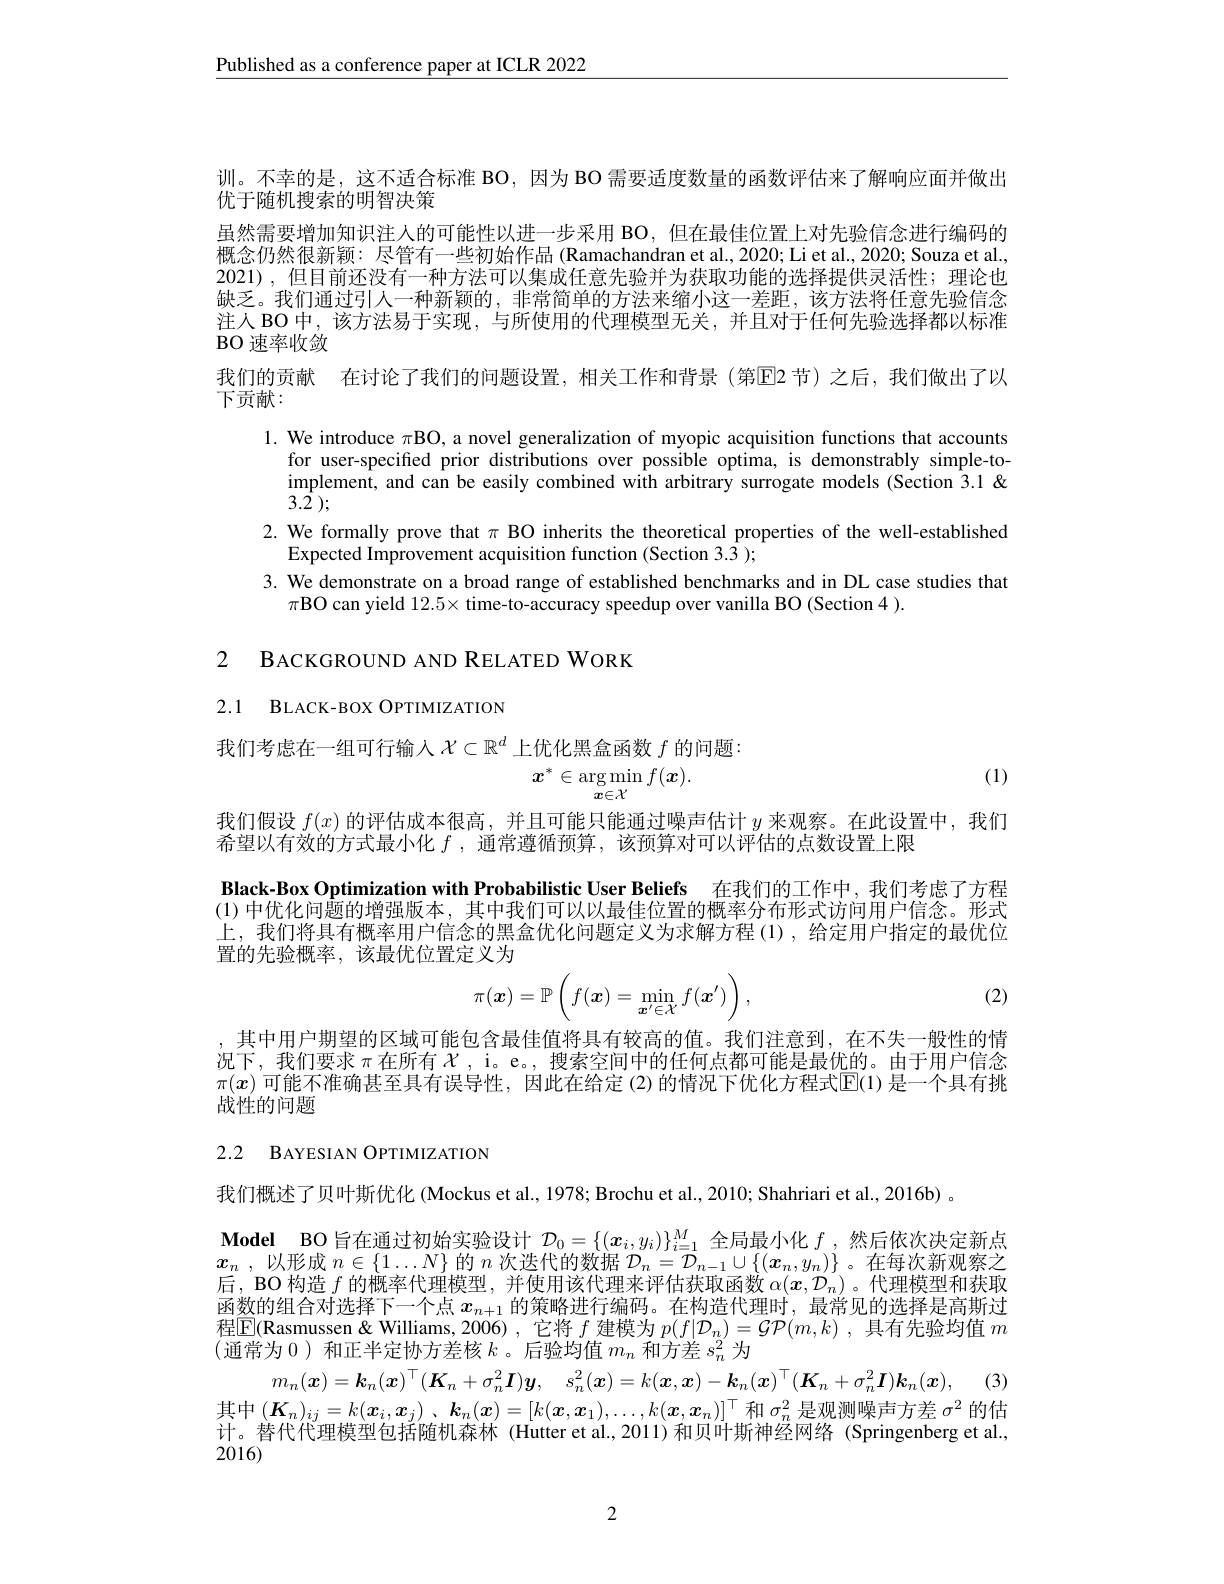
$\underline{\text{Published as a conference paper at ICLR 2022}}$

训。不幸的是，这不适合标准 BO,因为 BO 需要适度数量的函数评估来了解响应面并做出
优于随机搜索的明智决策
虽然需要增加知识注人的可能性以进一步采用 BO, 但在最佳位置上对先验信念进行编码的概念仍然很新颖：尽管有一些初始作品 (Ramachandran et al.,2020; Li et al., 2020; Souza et al., 2021),但目前还没有一种方法可以集成任意先验并为获取功能的选择提供灵活性；理论也缺乏。我们通过引人一种新颖的，非常简单的方法来缩小这一差距，该方法将任意先验信念注人 BO 中，该方法易于实现，与所使用的代理模型无关，并且对于任何先验选择都以标准$\operatorname{BO}$速率收敛
我们的贡献 在讨论了我们的问题设置，相关工作和背景 (第☑2 节)之后，我们做出了以
下贡献：
1. We introduce $\pi$BO, a novel generalization of myopic acquisition functions that accounts
for user-specified prior distributions over possible optima, is demonstrably simple-to- $\text{implement, and can be easily combined with arbitrary surrogate models(Section 3.1 }\$ $\text{implement, and can be easily combined with arbitrary surrogate models(Section 3.1 }\$ $3. \bar{2}$ );
2. We formally prove that $\pi$ BO inherits the theoretical properties of the well-established
Expected Improvement acquisition function (Section 3.3 );
3. We demonstrate on a broad range of established benchmarks and in DL case studies that
$\pi$BO can yield $12.5\times$ time-to-accuracy speedup over vanilla BO (Section 4 ).

2 BACKGROUND AND RELATED WORK

2.1 BLACK-BOX OPTIMIZATION

我们考虑在一组可行输人$\mathcal{X}\subset\mathbb{R}^d$上优化黑盒函数$f$的问题：
$$x^{*}\in\underset{x\in\mathcal{X}}{\operatorname*{\arg\min}}f(\boldsymbol{x}).$$
(1)

我们假设$f(x)$的评估成本很高，并且可能只能通过噪声估计$y$来观察。在此设置中，我们
希望以有效的方式最小化$f$ ,通常遵循预算 ,该预算对可以评估的点数设置上限

Black-Box Optimization with Probabilistic User Beliefs 在我们的工作中，我们考虑了方程(1)中优化问题的增强版本，其中我们可以以最佳位置的概率分布形式访问用户信念。形式上，我们将具有概率用户信念的黑盒优化问题定义为求解方程(1),给定用户指定的最优位置的先验概率，该最优位置定义为
$$\pi(\boldsymbol{x})=\mathbb{P}\left(f(\boldsymbol{x})=\min_{\boldsymbol{x}'\in\mathcal{X}}f(\boldsymbol{x}')\right),$$
(2)

,其中用户期望的区域可能包含最佳值将具有较高的值。我们注意到，在不失一般性的情况下，我们要求$\pi$在所有$\mathcal{X}$, i。e。, 搜索空间中的任何点都可能是最优的。由于用户信念$\pi(x)$ 可能不准确甚至具有误导性，因此在给定 (2)的情况下优化方程式$\mathbb{E}(1)$ 是一个具有挑战性的问题

# 2.2 BAYESIAN OPTIMIZATION

我们概述了贝叶斯优化 (Mockus et al., 1978; Brochu et al., 2010; Shahriari et al., 2016b) 。

$\textbf{Model BO 旨 在 通 过 初 始 实 验 设 计 }\mathcal{D} _0= \{ ( \boldsymbol{x}_i, y_i) \} _{i= 1}^M$全局最小化$f$ ,然后依次决定新点
$x_{n}$
以形成$n\in\{1\ldots N\}$的$n$次迭代的数据$\mathcal{D}_n=\tilde{\mathcal{D}}_{n-1}\cup\{(x_n,y_n)\}$。在每次新观察之后，BO 构造$f$的概率代理模型，并使用该代理来评估获取函数$\alpha(x,\mathcal{D}_n)$ 。代理模型和获取函数的组合对选择下一个点$x_{n+1}$的策略进行编码。在构造代理时，最常见的选择是高斯过程$\boxed{\mathrm{F}}($Rasmussen& Williams, 2006) , 它将$f$建模为$p(f|\mathcal{D}_n)=\mathcal{GP}(m,k)$ ,具有先验均值$m$ (通常为 0 ) 和正半定协方差核$k$。后验均值$m_n$和方差$s_n^2$为
$m_n( \boldsymbol{x}) = \boldsymbol{k}_n( \boldsymbol{x}) ^\top ( \boldsymbol{K}_n+ \sigma _n^2\boldsymbol{I}) \boldsymbol{y}$, $s_n^2( \boldsymbol{x}) = k( \boldsymbol{x}, \boldsymbol{x}) - \boldsymbol{k}_n( \boldsymbol{x}) ^\top ( \boldsymbol{K}_n+ \sigma _n^2\boldsymbol{I}) \boldsymbol{k}_n( \boldsymbol{x}) $, (3)

其中$(\boldsymbol{K}_n)_{ij}=k(\boldsymbol{x}_i,\boldsymbol{x}_j)$、$\boldsymbol{k}_n(\boldsymbol{x})=[k(\boldsymbol{x},\boldsymbol{x}_1),\ldots,k(\boldsymbol{x},\boldsymbol{x}_n)]^\top$和 $\sigma_n^2$是观测噪声方差 $\sigma^2$ 的估

计。替代代理模型包括随机森林 (Hutter et al.,2011)和贝叶斯神经网络 (Springenberg et al.,

2016)

2